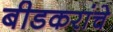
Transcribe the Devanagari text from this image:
बीडकरांचे